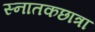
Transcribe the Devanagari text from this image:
स्नातकछात्रा